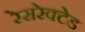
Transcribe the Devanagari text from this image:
रेसरेक्टेड